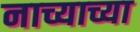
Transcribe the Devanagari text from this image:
नाच्याच्या